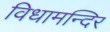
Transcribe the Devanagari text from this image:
विधामन्दिर